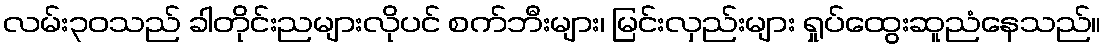
လမ်း၃၀သည် ခါတိုင်းညများလိုပင် စက်ဘီးများ၊ မြင်းလှည်းများ ရှုပ်ထွေးဆူညံနေသည်။